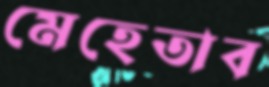
মেহেতাব